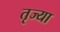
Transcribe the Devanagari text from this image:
तृज्या